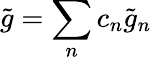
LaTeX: \tilde{g}=\sum_{n}c_{n}\tilde{g}_{n}